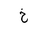
Letter: _kha